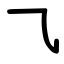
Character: ㇈